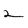
Character: 2